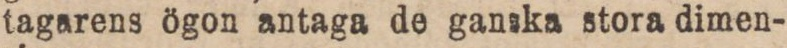
tagarens ögon antaga de ganska stora dimen-